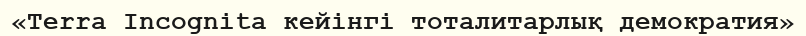
«Terra Incognita кейінгі тоталитарлық демократия»